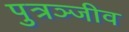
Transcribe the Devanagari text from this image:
पुत्रञ्जीव